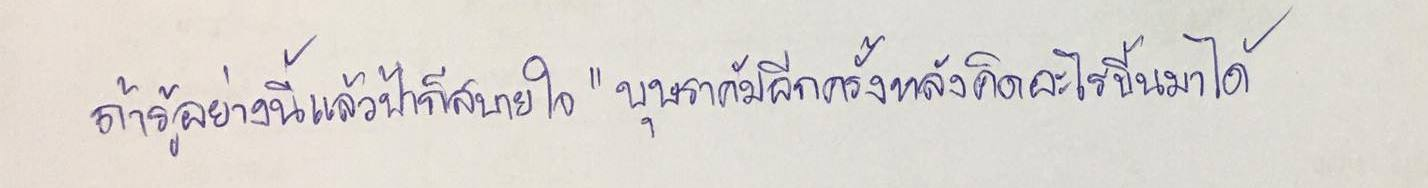
ถ้ารู้อย่างนี้แล้วป้าก็สบายใจ"บุษราคัมอีกครั้งหลังคิดอะไรขึ้นมาได้